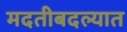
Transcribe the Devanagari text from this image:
मदतीबदल्यात